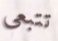
تتبعي